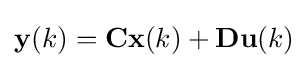
\mathbf {y} (k)=\mathbf {C} \mathbf {x} (k)+\mathbf {D} \mathbf {u} (k)